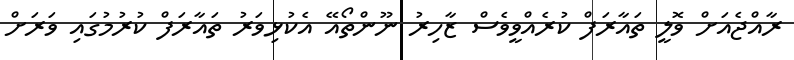
ރާއްޖެއަށް ވޮލީ ތައާރަފް ކުރެއްވީވެސް ޒާހިރު ނޫންތޯއޭ އެކުޅިވަރު ތައާރަފް ކުރުމުގައި ވަރަށް